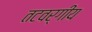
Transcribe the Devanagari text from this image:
तटवर्गीय